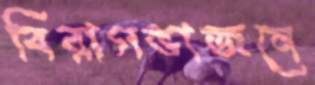
বিরাগভাজনে